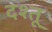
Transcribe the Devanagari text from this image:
दश्तू